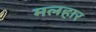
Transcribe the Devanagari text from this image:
मलहार